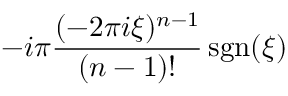
- i \pi { \frac { ( - 2 \pi i \xi ) ^ { n - 1 } } { ( n - 1 ) ! } } \operatorname { s g n } ( \xi )